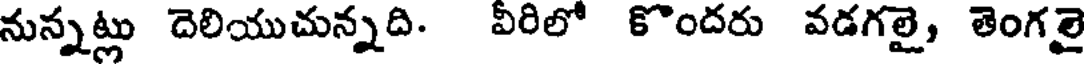
నున్నట్లు దెలియుచున్నది. వీరిలో కొందరు వడగలై, తెంగలై